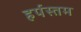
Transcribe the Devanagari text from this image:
हर्पस्तम